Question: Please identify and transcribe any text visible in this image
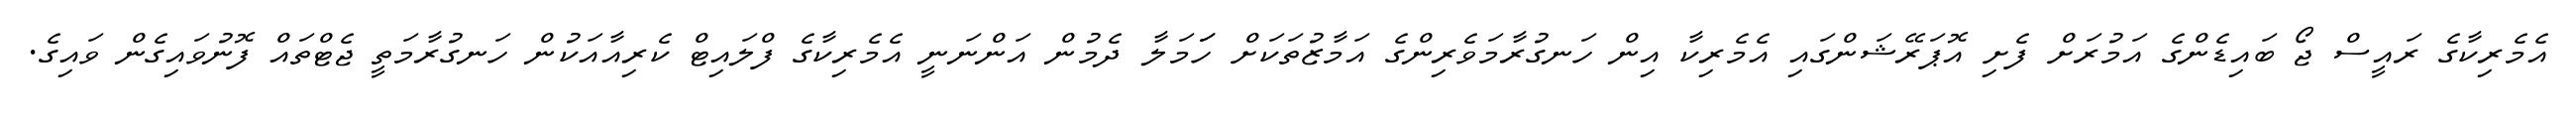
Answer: އެމެރިކާގެ ރައީސް ޖޯ ބައިޑެންގެ އަމުރަށް ފެށި އޮޕަރޭޝަންގައި އެމެރިކާ އިން ހަނގުރާމަވެރިންގެ އަމާޒުތަކަށް ހަަމަލާ ދެމުން އަންނަނީ އެމެރިކާގެ ފްލައިޓް ކެރިއާއަކުން ހަނގުރާމަތީ ޖެޓްތައް ފޮނުވައިގެން ވައިގެ.